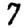
Digit: 7